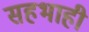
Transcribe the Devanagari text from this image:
सहभाही